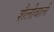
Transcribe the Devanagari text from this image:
शैलीवाली